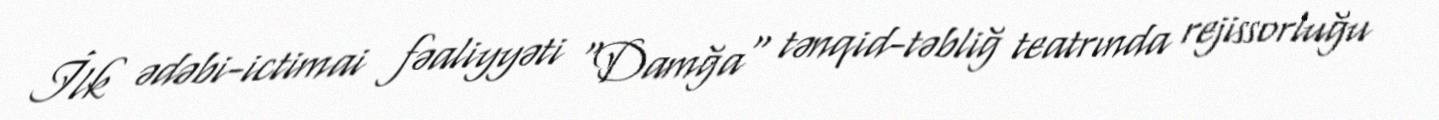
İlk ədəbi-ictimai fəaliyyəti "Damğa" tənqid-təbliğ teatrında rejissorluğu